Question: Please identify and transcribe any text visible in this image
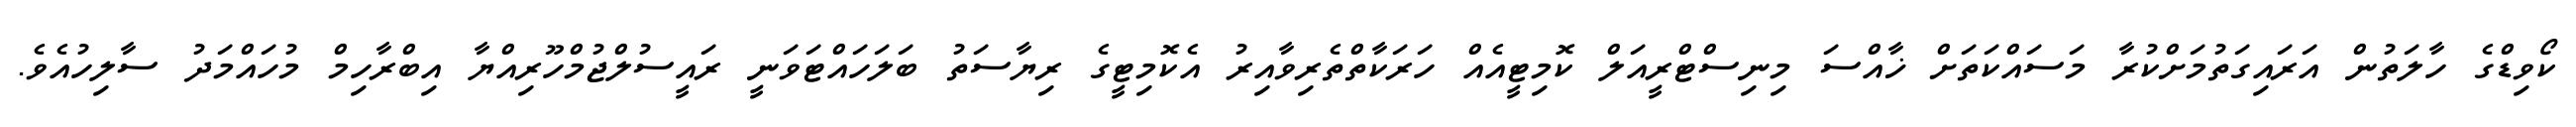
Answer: ކޯވިޑްގެ ހާލަތުން އަރައިގަތުމަށްކުރާ މަސައްކަތަށް ޚާއްސަ މިނިސްޓްރީއަލް ކޮމިޓީއެއް ހަރަކާތްތެރިވާއިރު އެކޮމިޓީގެ ރިޔާސަތު ބަލަހައްޓަވަނީ ރައީސުލްޖުމްހޫރިއްޔާ އިބްރާހިމް މުހައްމަދު ސާލިހުއެވެ.